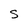
Character: S